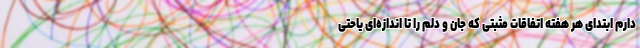
دارم ابتدای هر هفته اتفاقات مثبتی که جان و دلم را تا اندازه‌ای یاحتی